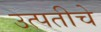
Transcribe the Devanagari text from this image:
उत्पतीचे